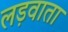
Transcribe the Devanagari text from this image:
लड़वाता